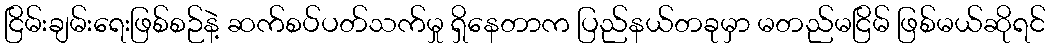
ငြိမ်းချမ်းရေးဖြစ်စဉ်နဲ့ ဆက်စပ်ပတ်သက်မှု ရှိနေတာက ပြည်နယ်တခုမှာ မတည်မငြိမ် ဖြစ်မယ်ဆိုရင်